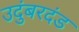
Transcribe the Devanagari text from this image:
उदुंबरदंड